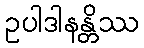
ဥပါဒါနန္တိဿ